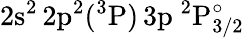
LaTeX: \mathrm{2s^{2}\, 2p^{2}(^{3}P)\, 3p~^{2}P_{3/2}^{\circ}}